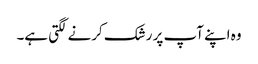
وہ اپنے آپ پر رشک کرنے لگتی ہے۔